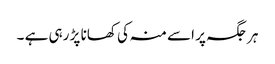
ہر جگہ پر اسے منہ کی کھانا پڑ رہی ہے ۔